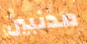
مذنبين